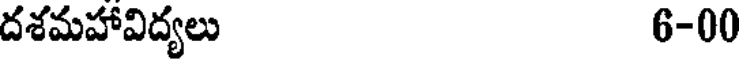
దశమహావిద్యలు 6-00